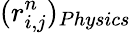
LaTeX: (r_{i,j}^{n})_{Physics}